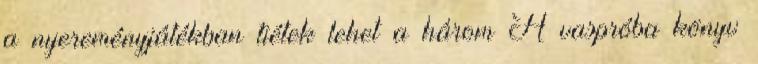
a nyereményjátékban tiétek lehet a három A vaspróba könyv